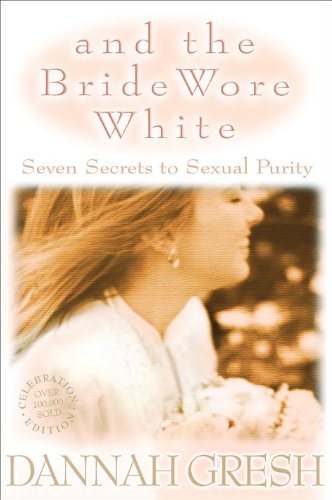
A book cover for And the Bride Wore White: Seven Secrets to Sexual Purity; Dannah K. Gresh; Teen & Young Adult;